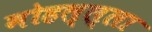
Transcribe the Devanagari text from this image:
मोहल्ल्ला